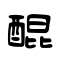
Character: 醌